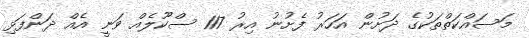
މަސައްކަތްތަކުގެ ދަށުން އަހަރު ފެށުނު އިރު 117 ސްކޫލެއް ވަނީ އެއް ދަންފަޅި